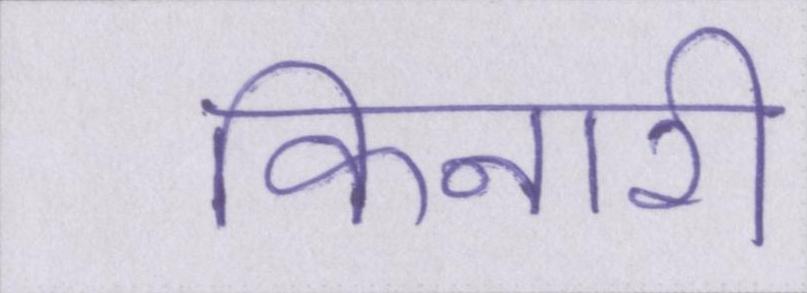
किनारी